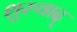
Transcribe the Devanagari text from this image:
शुरुवाद्